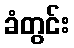
ခံတွင်း